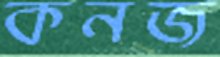
কনজ